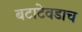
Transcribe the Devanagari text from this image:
बटाटेवडाच